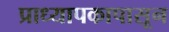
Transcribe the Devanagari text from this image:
प्राध्यापकापासून